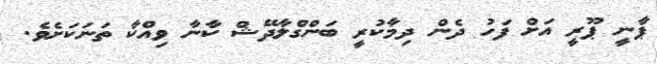
ޕާނީ ޕޫރީ އަށް ފަހު ދެން ދިމާކުރީ ބަންގްލާދޭޝް ކާނާ ވިއްކާ ތަނަކަށެވެ.